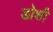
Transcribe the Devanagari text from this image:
डोशी